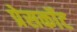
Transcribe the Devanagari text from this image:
प्रेसकॉट